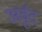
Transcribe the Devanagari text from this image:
अर्वुद